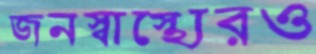
জনস্বাস্থ্যেরও